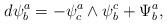
LaTeX: \begin{align*}d\psi_b^a=-\psi_c^a\wedge\psi_b^c+\Psi_b^a,\end{align*}